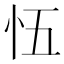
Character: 𭜐